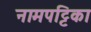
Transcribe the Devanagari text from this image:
नामपट्टिका